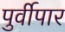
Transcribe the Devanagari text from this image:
पुर्वीपार